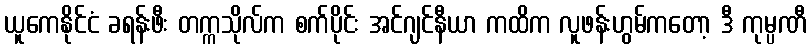
ယူကေနိုင်ငံ ခရန်းဖီး တက္ကသိုလ်က စက်ပိုင်း အင်ဂျင်နီယာ ကထိက လူဖန်းဟွမ်ကတော့ ဒီ ကုမ္ပဏီ